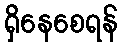
ရှိနေစေရန်